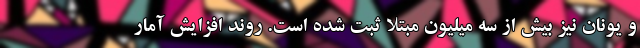
و یونان نیز بیش از سه میلیون مبتلا ثبت شده‌ است. روند افزایش آمار